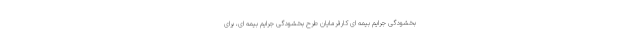
بخشودگی جرایم بیمه‌ ای کارفرمایان طرح بخشودگی جرایم بیمه ای، برای